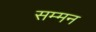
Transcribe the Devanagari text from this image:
सम्‍मन